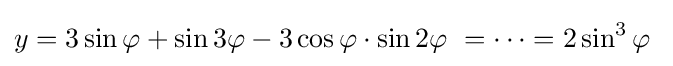
y=3\sin \varphi +\sin 3\varphi -3\cos \varphi \cdot \sin 2\varphi \ =\cdots =2\sin ^{3}\varphi \